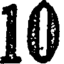
10